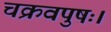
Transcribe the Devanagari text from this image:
चक्रवपुषः।